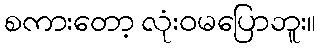
စကားတော့ လုံးဝမပြောဘူး။